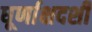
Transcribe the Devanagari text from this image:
धूर्णाक्षदर्शी